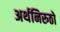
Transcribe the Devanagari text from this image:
अर्थनिरुठो